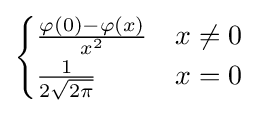
{\begin{cases}{\frac {\varphi (0)-\varphi (x)}{x^{2}}}&x\neq 0\\{\frac {1}{2{\sqrt {2\pi }}}}&x=0\\\end{cases}}